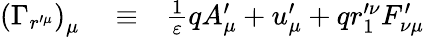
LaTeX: \begin{array}{rlr}{\left(\Gamma_{r^{\prime\mu}}\right)_{\mu}}&{{}\equiv}&{\frac{1}{\varepsilon}qA_{\mu}^{\prime}+u_{\mu}^{\prime}+qr_{1}^{\prime\nu}F_{\nu\mu}^{\prime}}\end{array}